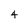
Character: 4